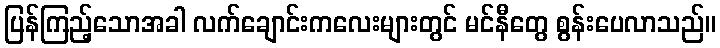
ပြန်ကြည့်သောအခါ လက်ချောင်းကလေးများတွင် မင်နီတွေ စွန်းပေလာသည်။